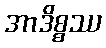
အာဒိစ္စဿ